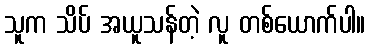
သူက သိပ် အယူသန်တဲ့ လူ တစ်ယောက်ပါ။